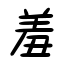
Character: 羞